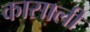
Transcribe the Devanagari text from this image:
कासाली